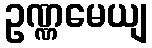
ဥဏ္ဏမေယျ